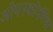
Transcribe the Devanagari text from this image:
ओपनकोर्सवेयर